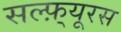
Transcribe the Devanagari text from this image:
सल्फ़्यूरस